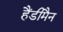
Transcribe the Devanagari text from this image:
हैंडीमैन